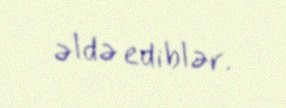
əldə ediblər.